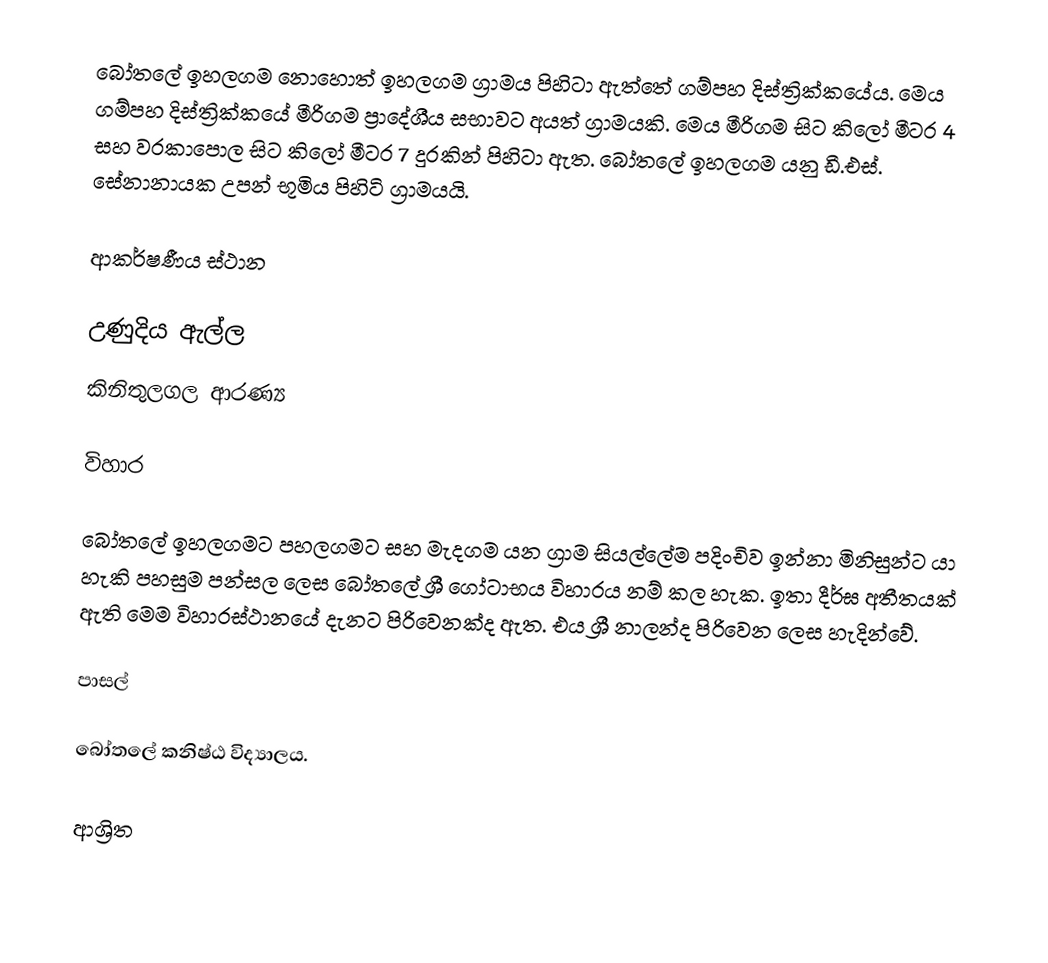
බෝතලේ ඉහලගම නොහොත් ඉහලගම ග්‍රාමය පිහිටා ඇත්තේ ගම්පහ දිස්ත්‍රික්කයේය. මෙය ගම්පහ දිස්ත්‍රික්කයේ මීරිගම ප්‍රාදේශීය සභාවට අයත් ග්‍රාමයකි. මෙය මීරිගම සිට කිලෝ මීටර 4 සහ වරකාපොල සිට කිලෝ මීටර 7 දුරකින් පිහිටා ඇත. බෝතලේ ඉහලගම යනු ඩී.එස්. සේනානායක උපන් භූමිය පිහිටි ග්‍රාමයයි.

ආකර්ෂණීය ස්ථාන

 උණුදිය ඇල්ල
 කිනිතුලගල ආරණ්‍ය

විහාර

බෝතලේ ඉහලගමට පහලගමට සහ මැදගම යන ග්‍රාම සියල්ලේම පදිංචිව ඉන්නා මිනිසුන්ට යා හැකි පහසුම පන්සල ලෙස බෝතලේ ශ්‍රී ගෝටාභය විහාරය නම් කල හැක. ඉතා දීර්ඝ අතීතයක් ඇති මෙම විහාරස්ථානයේ දැනට පිරිවෙනක්ද ඇත. එය ශ්‍රී නාලන්ද පිරිවෙන ලෙස හැදින්වේ.

පාසල්

බෝතලේ කනිෂ්ඨ විද්‍යාලය.

ආශ්‍රිත